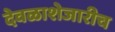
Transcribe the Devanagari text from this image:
देवळाशेजारीच